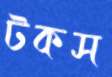
টকস